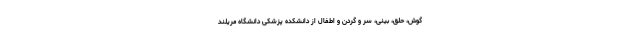
گوش، حلق، بینی، سر و گردن و اطفال از دانشکده پزشکی دانشگاه مریلند